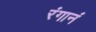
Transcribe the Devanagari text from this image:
रंगानं